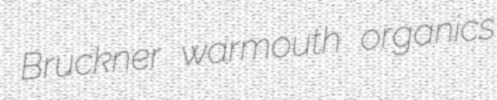
Bruckner warmouth organics